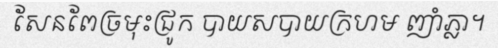
សែនពែច្រមុះជ្រូក បាយសបាយក្រហម ញាំភ្លា។